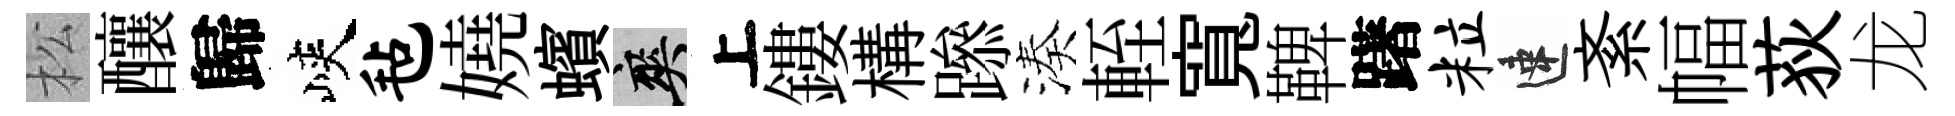
松釀歸峽毡嬈蠙爽上鏤構𨅶湊輊寬鞞躇粒速紊幅荻龙